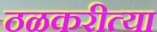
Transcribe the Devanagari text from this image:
ठळकरीत्या